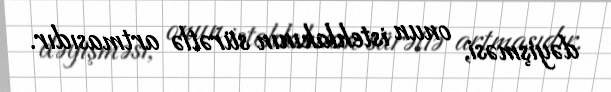
dəyişməsi, onun istehlakının sürətlə artmasıdır.